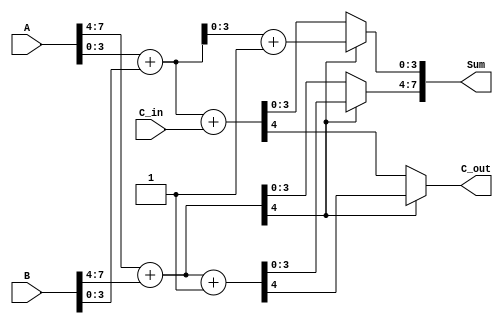
module CarrySelectAdder (
    input [7:0] A,        // 8-bit operand A
    input [7:0] B,        // 8-bit operand B
    input C_in,           // Carry-in
    output [7:0] Sum,     // 8-bit Sum output
    output C_out          // Carry-out
);

    // Intermediate sums and carries
    wire [4:0] S0, S1;    // Sums for higher-order bits (C_in = 0 and C_in = 1)
    wire [4:0] S2, S3;    // Sums for lower-order bits (C_in = 0 and C_in = 1)
    wire C_out_high_0, C_out_high_1; // Carry-out for higher-order bits
    wire C_out_low;       // Carry-out for lower-order bits

    // Higher-order bits (A[7:4] and B[7:4])
    assign S0 = A[7:4] + B[7:4];           // S0 (C_in = 0)
    assign C_out_high_0 = S0[4];           // Carry-out for S0

    assign S1 = A[7:4] + B[7:4] + 1'b1;    // S1 (C_in = 1)
    assign C_out_high_1 = S1[4];           // Carry-out for S1

    // Lower-order bits (A[3:0] and B[3:0])
    assign S2 = A[3:0] + B[3:0] + C_in;     // S2 (C_in = 0)
    assign C_out_low = S2[4];               // Carry-out for S2

    assign S3 = A[3:0] + B[3:0] + 1'b1;     // S3 (C_in = 1)

    // Select the correct sum and carry-out based on the carry-out from higher-order bits
    assign Sum[7:4] = (C_out_high_0) ? S1[3:0] : S0[3:0]; // Select higher-order sum
    assign Sum[3:0] = (C_out_high_0) ? S3[3:0] : S2[3:0]; // Select lower-order sum
    assign C_out = (C_out_high_0) ? C_out_high_1 : C_out_low; // Final carry-out

endmodule